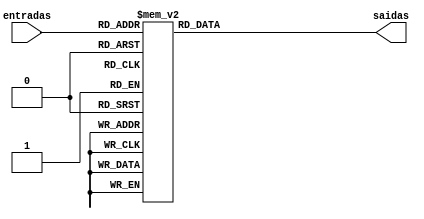
module bcd(   
    input wire [3:0] entradas,  
    output reg [6:0] saidas	
	 );    
	 
	 always @ (entradas)  
    begin
	 	
			case(entradas) 
			
			4'b0000: saidas = 7'b0000001; //caso 0
			4'b0001: saidas = 7'b1001111; //caso 1
			4'b0010: saidas = 7'b0010010; //caso 2
			4'b0011: saidas = 7'b0000110; //caso 3
			4'b0100: saidas = 7'b1001100; //caso 4
			4'b0101: saidas = 7'b0100100; //caso 5
			4'b0110: saidas = 7'b0100000; //caso 6
			4'b0111: saidas = 7'b0001111; //caso 7
			4'b1000: saidas = 7'b0000000; //caso 8
			4'b1001: saidas = 7'b0000100; //caso 9
			default: saidas = 7'b1111111; //caso apagado
			
			endcase
				    
    end
	 

endmodule